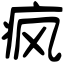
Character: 疯